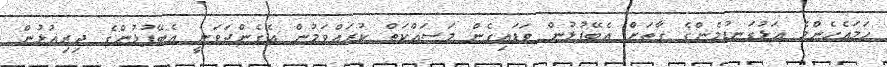
ހަމައެހެންމެ އަޅުގަނޑުމެންގެ ގާތަށް އެބޭފުޅުން ވަޑައިގެން މަސައްކަތް ކުރައްވަމުން އެގެންދަވަނީ އެބޭފުޅުންގެ ދިރިއުޅުން